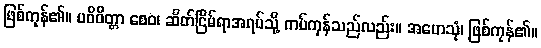
ဖြစ်ကုန်၏။ ပဝိဝိတ္တာ စေဝ၊ ဆိတ်ငြိမ်ရာအရပ်သို့ ကပ်ကုန်သည်လည်း။ အဟေသုံ၊ ဖြစ်ကုန်၏။